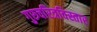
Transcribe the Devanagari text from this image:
गुरुचरित्रविस्तार